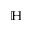
\mathbb H